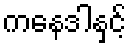
ကနေဒါနှင့်